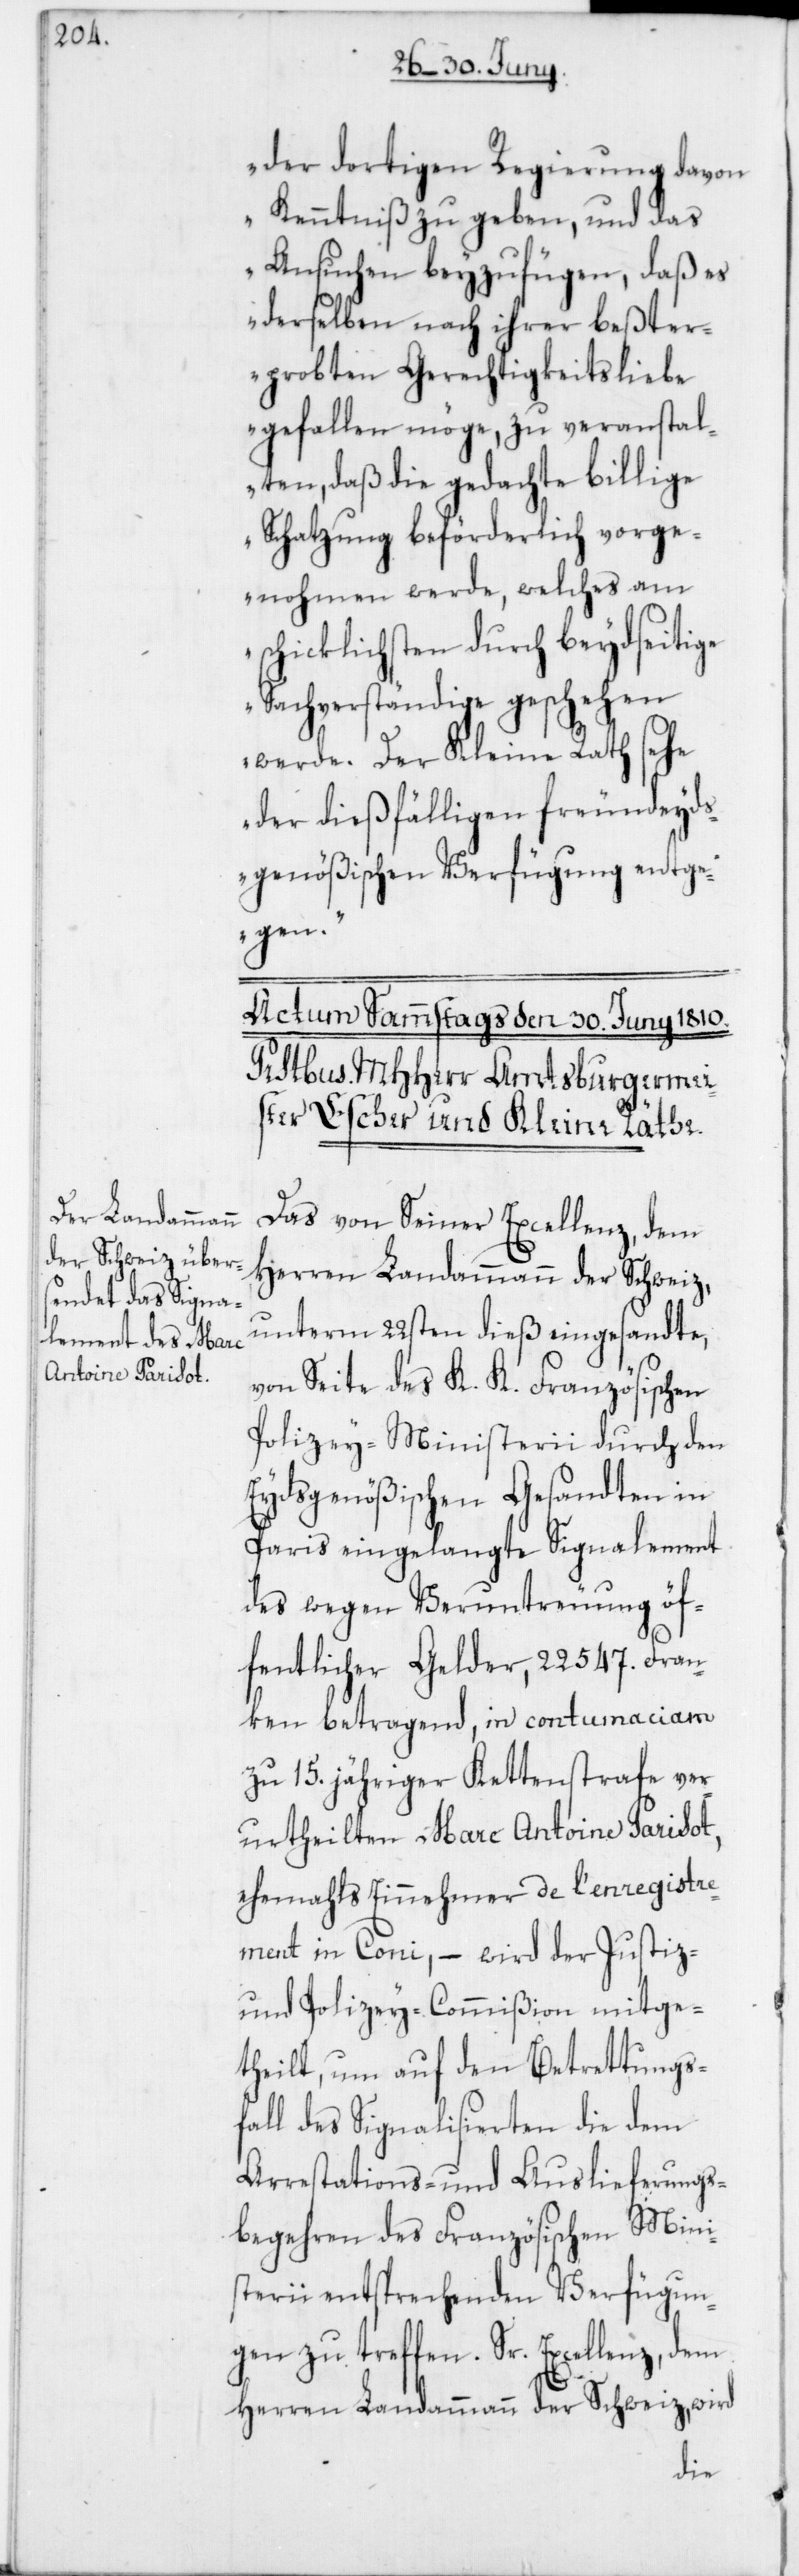
der dortigen Regierung davon
Kenntniß zu geben, und das
Ansuchen beyzufügen, daß es
derselben nach ihrer beßter¬
probten Gerechtigkeitsliebe
gefallen möge, zu veranstal¬
ten, daß die gedachte billige
Schatzung beförderlich vorge¬
nohmen werde, welches am
schicklichsten durch beydseitige
Sachverständige geschehen
werde. Der Kleine Rath sehe
der dießfälligen freundeyd¬
sgenößischen Verfügung entge¬
gen.“
Das von Seiner Excellenz dem
Herren Landammann der Schweiz
unterm 22sten dieß eingesandte,
von Seite des K. K. Französischen
Polizey-Ministerii durch den
Eydsgenößischen Gesandten in
Paris eingelangte Signalement
des wegen Veruntreuung öf¬
fentlicher Gelder, 22 547. Fran¬
ken betragend, in contumaciam
zu 15. jähriger Kettenstrafe ver¬
urtheilten Marc Antoine Parisot,
ehemahls Einnehmer de l’enregistre¬
ment in Coni, – wird der Justiz-
und Polizey-Commißion mitge¬
theilt, um auf den Betrettungsf¬
all des Signalisierten die dem
Arrestations- und Auslieferungs¬
begehren des Franzöischen Mini¬
sterii entsprechenden Verfügun¬
gen zu treffen. Sr. Excellenz dem
Herren Landammann der Schweiz wird